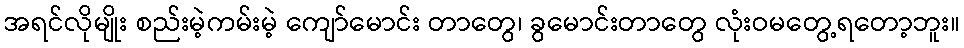
အရင်လိုမျိုး စည်းမဲ့ကမ်းမဲ့ ကျော်မောင်း တာတွေ၊ ခွမောင်းတာတွေ လုံးဝမတွေ့ရတော့ဘူး။